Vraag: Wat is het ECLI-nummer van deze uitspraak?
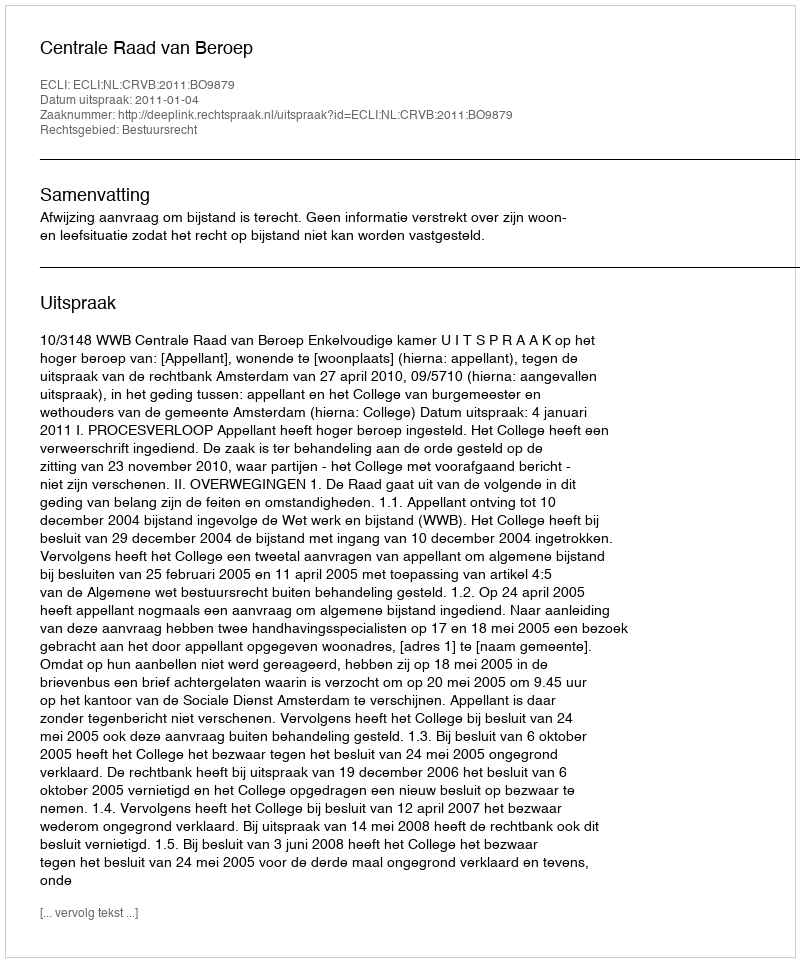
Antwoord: ECLI:NL:CRVB:2011:BO9879